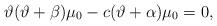
LaTeX: \begin{gather*}\vartheta ( \vartheta+\beta ) \mu_{0}-c ( \vartheta +\alpha ) \mu_{0}=0,\end{gather*}